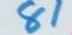
81